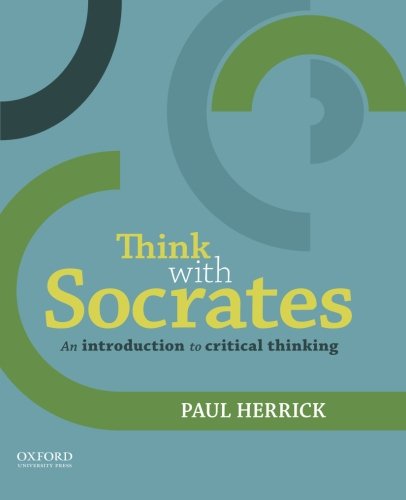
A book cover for Think with Socrates: An Introduction to Critical Thinking; Paul Herrick; Politics & Social Sciences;